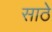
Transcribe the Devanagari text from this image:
साठेे